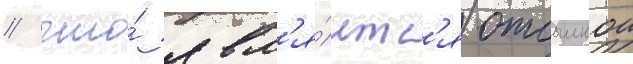
/ что́ явл'я́етс'я отсылкои